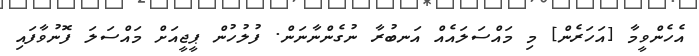
އެހެންވީމާ [އަހަރެން] މި މައްސަލައެއް އަނބުރާ ނުގެންނާނަން. ފުލުހުން ޕީޖީއަށް މައްސަލަ ފޮނުވާފައި